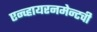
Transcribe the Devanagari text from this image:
एन्व्हायरनमेन्टची